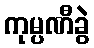
ကုမ္ပဏီခွဲ